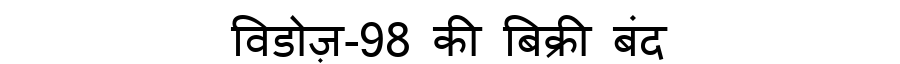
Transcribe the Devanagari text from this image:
विडोज़-98 की बिक्री बंद